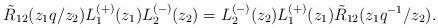
LaTeX: \begin{align*}\tilde{R}_{12}(z_1q/z_2)L_1^{(+)}(z_1)L_2^{(-)}(z_2)= L_2^{(-)}(z_2) L_1^{(+)}(z_1) \tilde{R}_{12}(z_1q^{-1}/z_2).\end{align*}